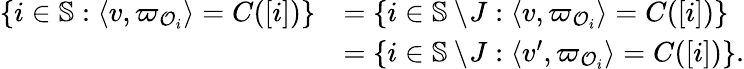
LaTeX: \begin{array}{rl}{\{ i\in\mathbb{S}:\langle v,\varpi_{{\mathcal{O}}_{i}}\rangle=C([i])\} }&{=\{ i\in\mathbb{S}\setminus\! J:\langle v,\varpi_{{\mathcal{O}}_{i}}\rangle=C([i])\} }\\ &{=\{ i\in\mathbb{S}\setminus\! J:\langle v^{\prime},\varpi_{{\mathcal{O}}_{i}}\rangle=C([i])\} .}\end{array}